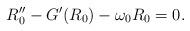
LaTeX: \begin{align*}R_0 '' - G'(R_0) - \omega_0 R_0 = 0.\end{align*}